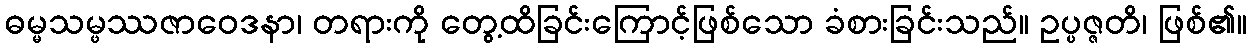
ဓမ္မသမ္ဖဿဇာဝေဒနာ၊ တရားကို တွေ့ထိခြင်းကြောင့်ဖြစ်သော ခံစားခြင်းသည်။ ဥပ္ပဇ္ဇတိ၊ ဖြစ်၏။